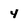
Character: 4